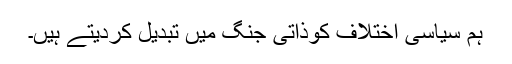
ہم سیاسی اختلاف کوذاتی جنگ میں تبدیل کردیتے ہیں۔